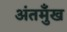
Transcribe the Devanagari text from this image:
अंतमुँख